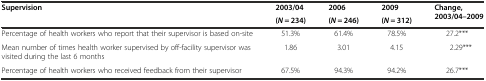
| <ROWSPAN=2> Supervision | 2003/04 | 2006 | 2009 | <ROWSPAN=2> Change, 2003/04–2009 |
 | (N = 234) | (N = 246) | (N = 312) |
 | --- | --- | --- | --- | --- |
 | Percentage of health workers who report that their supervisor is based on-site | 51.3% | 61.4% | 78.5% | 27.2*** |
 | Mean number of times health worker supervised by off-facility supervisor was visited during the last 6 months | 1.86 | 3.01 | 4.15 | 2.29*** |
 | Percentage of health workers who received feedback from their supervisor | 67.5% | 94.3% | 94.2% | 26.7*** |